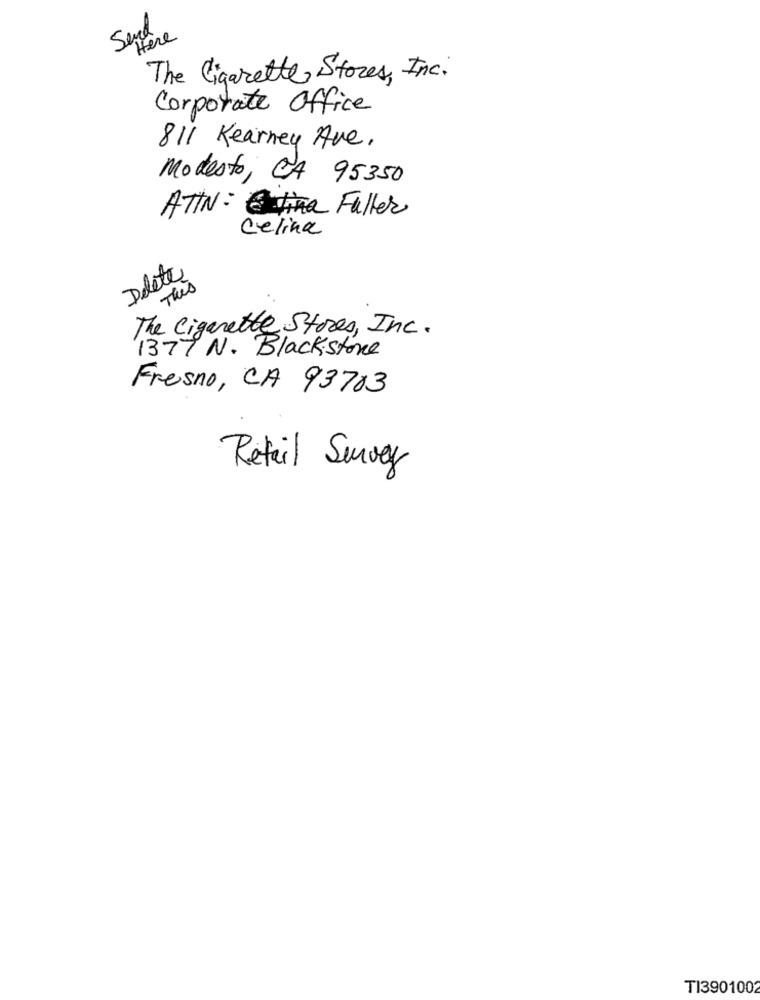
Hère
The Cigarette, Stores, Inc.
Corporate Office
811 Kearney Ave,
Modesto, CA 95350
ATTN: Vina Faller
Celina
Delete
This
The Cigarette Stores, Inc.
1377 N. Blackstone
Fresno, CA 93783
Retail Survey
TI3901002